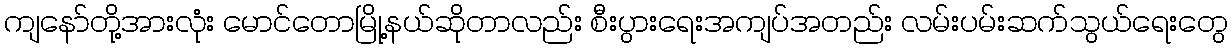
ကျနော်တို့အားလုံး မောင်တောမြို့နယ်ဆိုတာလည်း စီးပွားရေးအကျပ်အတည်း လမ်းပမ်းဆက်သွယ်ရေးတွေ